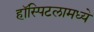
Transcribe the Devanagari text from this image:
हॉस्पिटलामध्ये